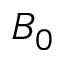
B _ { 0 }